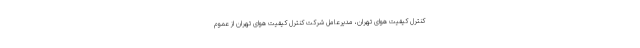
کنترل کیفیت هوای تهران، مدیرعامل شرکت کنترل کیفیت هوای تهران از عموم